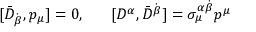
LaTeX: [ \bar { D } _ { \dot { \beta } } , p _ { \mu } ] = 0 , ~ ~ ~ ~ ~ [ D ^ { \alpha } , \bar { D } ^ { \dot { \beta } } ] = \sigma _ { \mu } ^ { \alpha \dot { \beta } } p ^ { \mu }